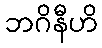
ဘဂိနီဟိ